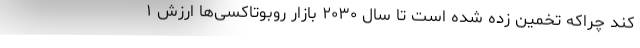
کند چراکه تخمین زده شده است تا سال ۲۰۳۰ بازار روبوتاکسی‌ها ارزش ۱